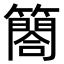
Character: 𮆤